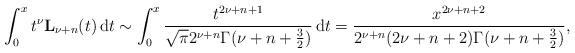
LaTeX: \begin{align*}\int_0^x t^\nu \mathbf{L}_{\nu+n}(t)\,\mathrm{d}t\sim\int_0^x \frac{t^{2\nu+n+1}}{\sqrt{\pi}2^{\nu+n}\Gamma(\nu+n+\frac{3}{2})}\,\mathrm{d}t=\frac{x^{2\nu+n+2}}{2^{\nu+n}(2\nu+n+2)\Gamma(\nu+n+\frac{3}{2})},\end{align*}